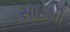
સાઠમી